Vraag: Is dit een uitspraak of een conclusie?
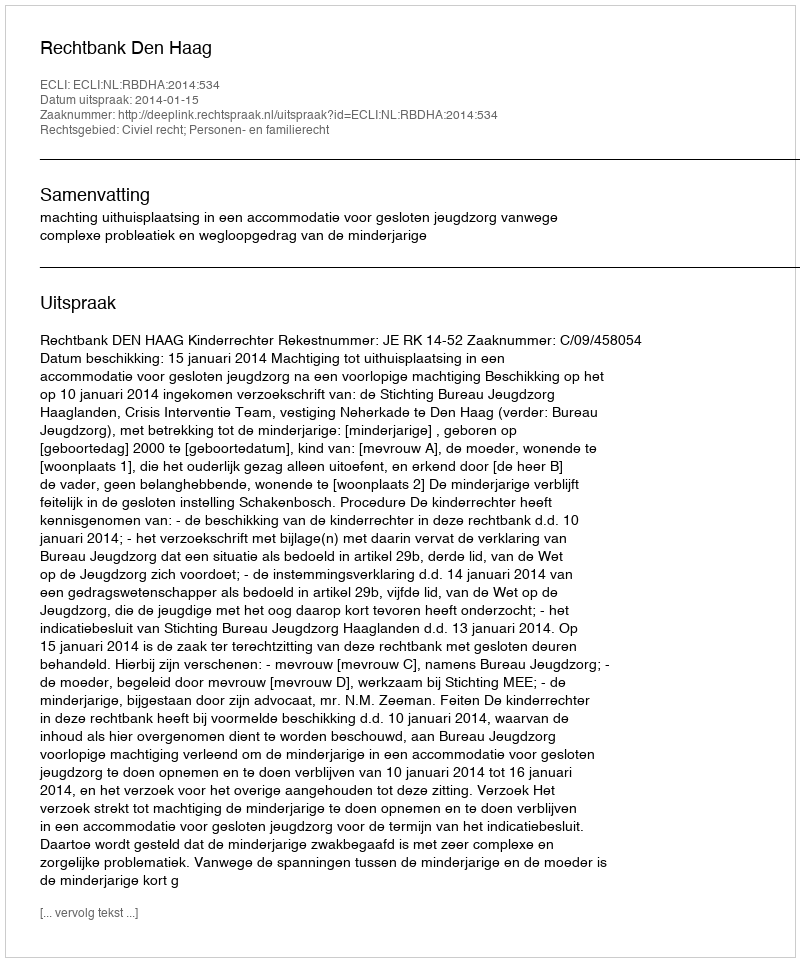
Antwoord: Uitspraak